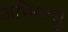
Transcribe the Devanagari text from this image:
अभिमन्‍यु